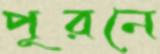
পূরনে